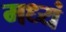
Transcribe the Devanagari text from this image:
मध्यं